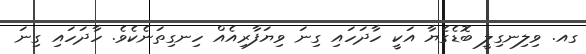
ގއ. ވިލިނގިލީ ބޮޑެގެޔާ އަކީ ހާދަހައި ގިނަ ވިޔަފާރިއެއް ހިނގިތަނެކެވެ. ހާދަހައި ގިނަ